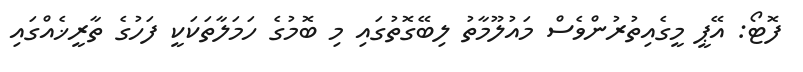
ފޮޓޯ: އޭޕީ މީގެއިތުރުންވެސް މައުލޫމާތު ލިބޭގޮތުގައި މި ބޮމުގެ ހަމަލާތަކަކީ ފަހުގެ ތާރީޚެއްގައި